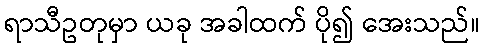
ရာသီဥတုမှာ ယခု အခါထက် ပို၍ အေးသည်။